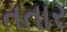
તતાર